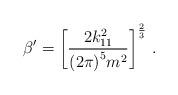
LaTeX: \begin{align*}{\beta}' = { \left [{2 k_{11}^2 \over {(2 \pi)}^{5} m^2} \right] }^{2 \over3} \ . \end{align*}